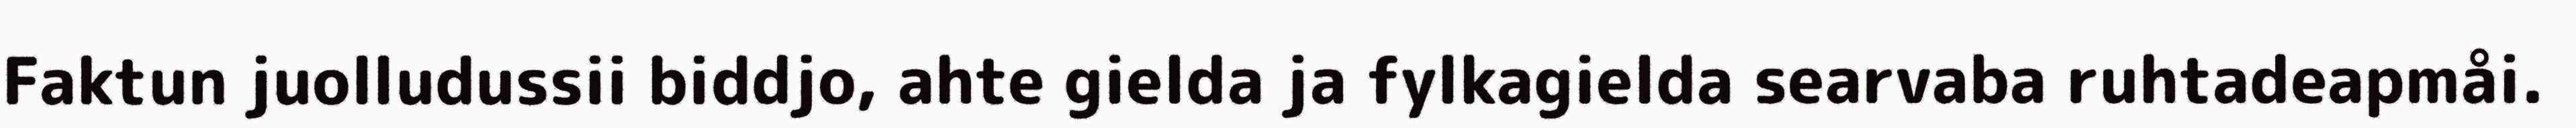
Faktun juolludussii biddjo, ahte gielda ja fylkagielda searvaba ruhtadeapmåi.